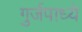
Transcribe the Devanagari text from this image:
गुर्जपाध्ये